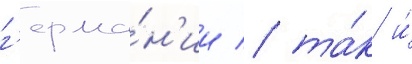
г'ерма́н'ии / та́к и́